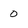
Character: 0